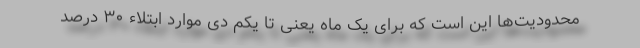
محدودیت‌ها این است که برای یک ماه یعنی تا یکم دی موارد ابتلاء ۳۰ درصد